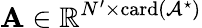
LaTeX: \boldsymbol{\mathrm{A}}\in\mathbb{R}^{N^{\prime}\times\operatorname{card}\left(\mathcal{A}^{\star}\right)}